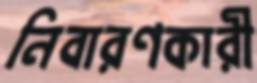
নিবারণকারী